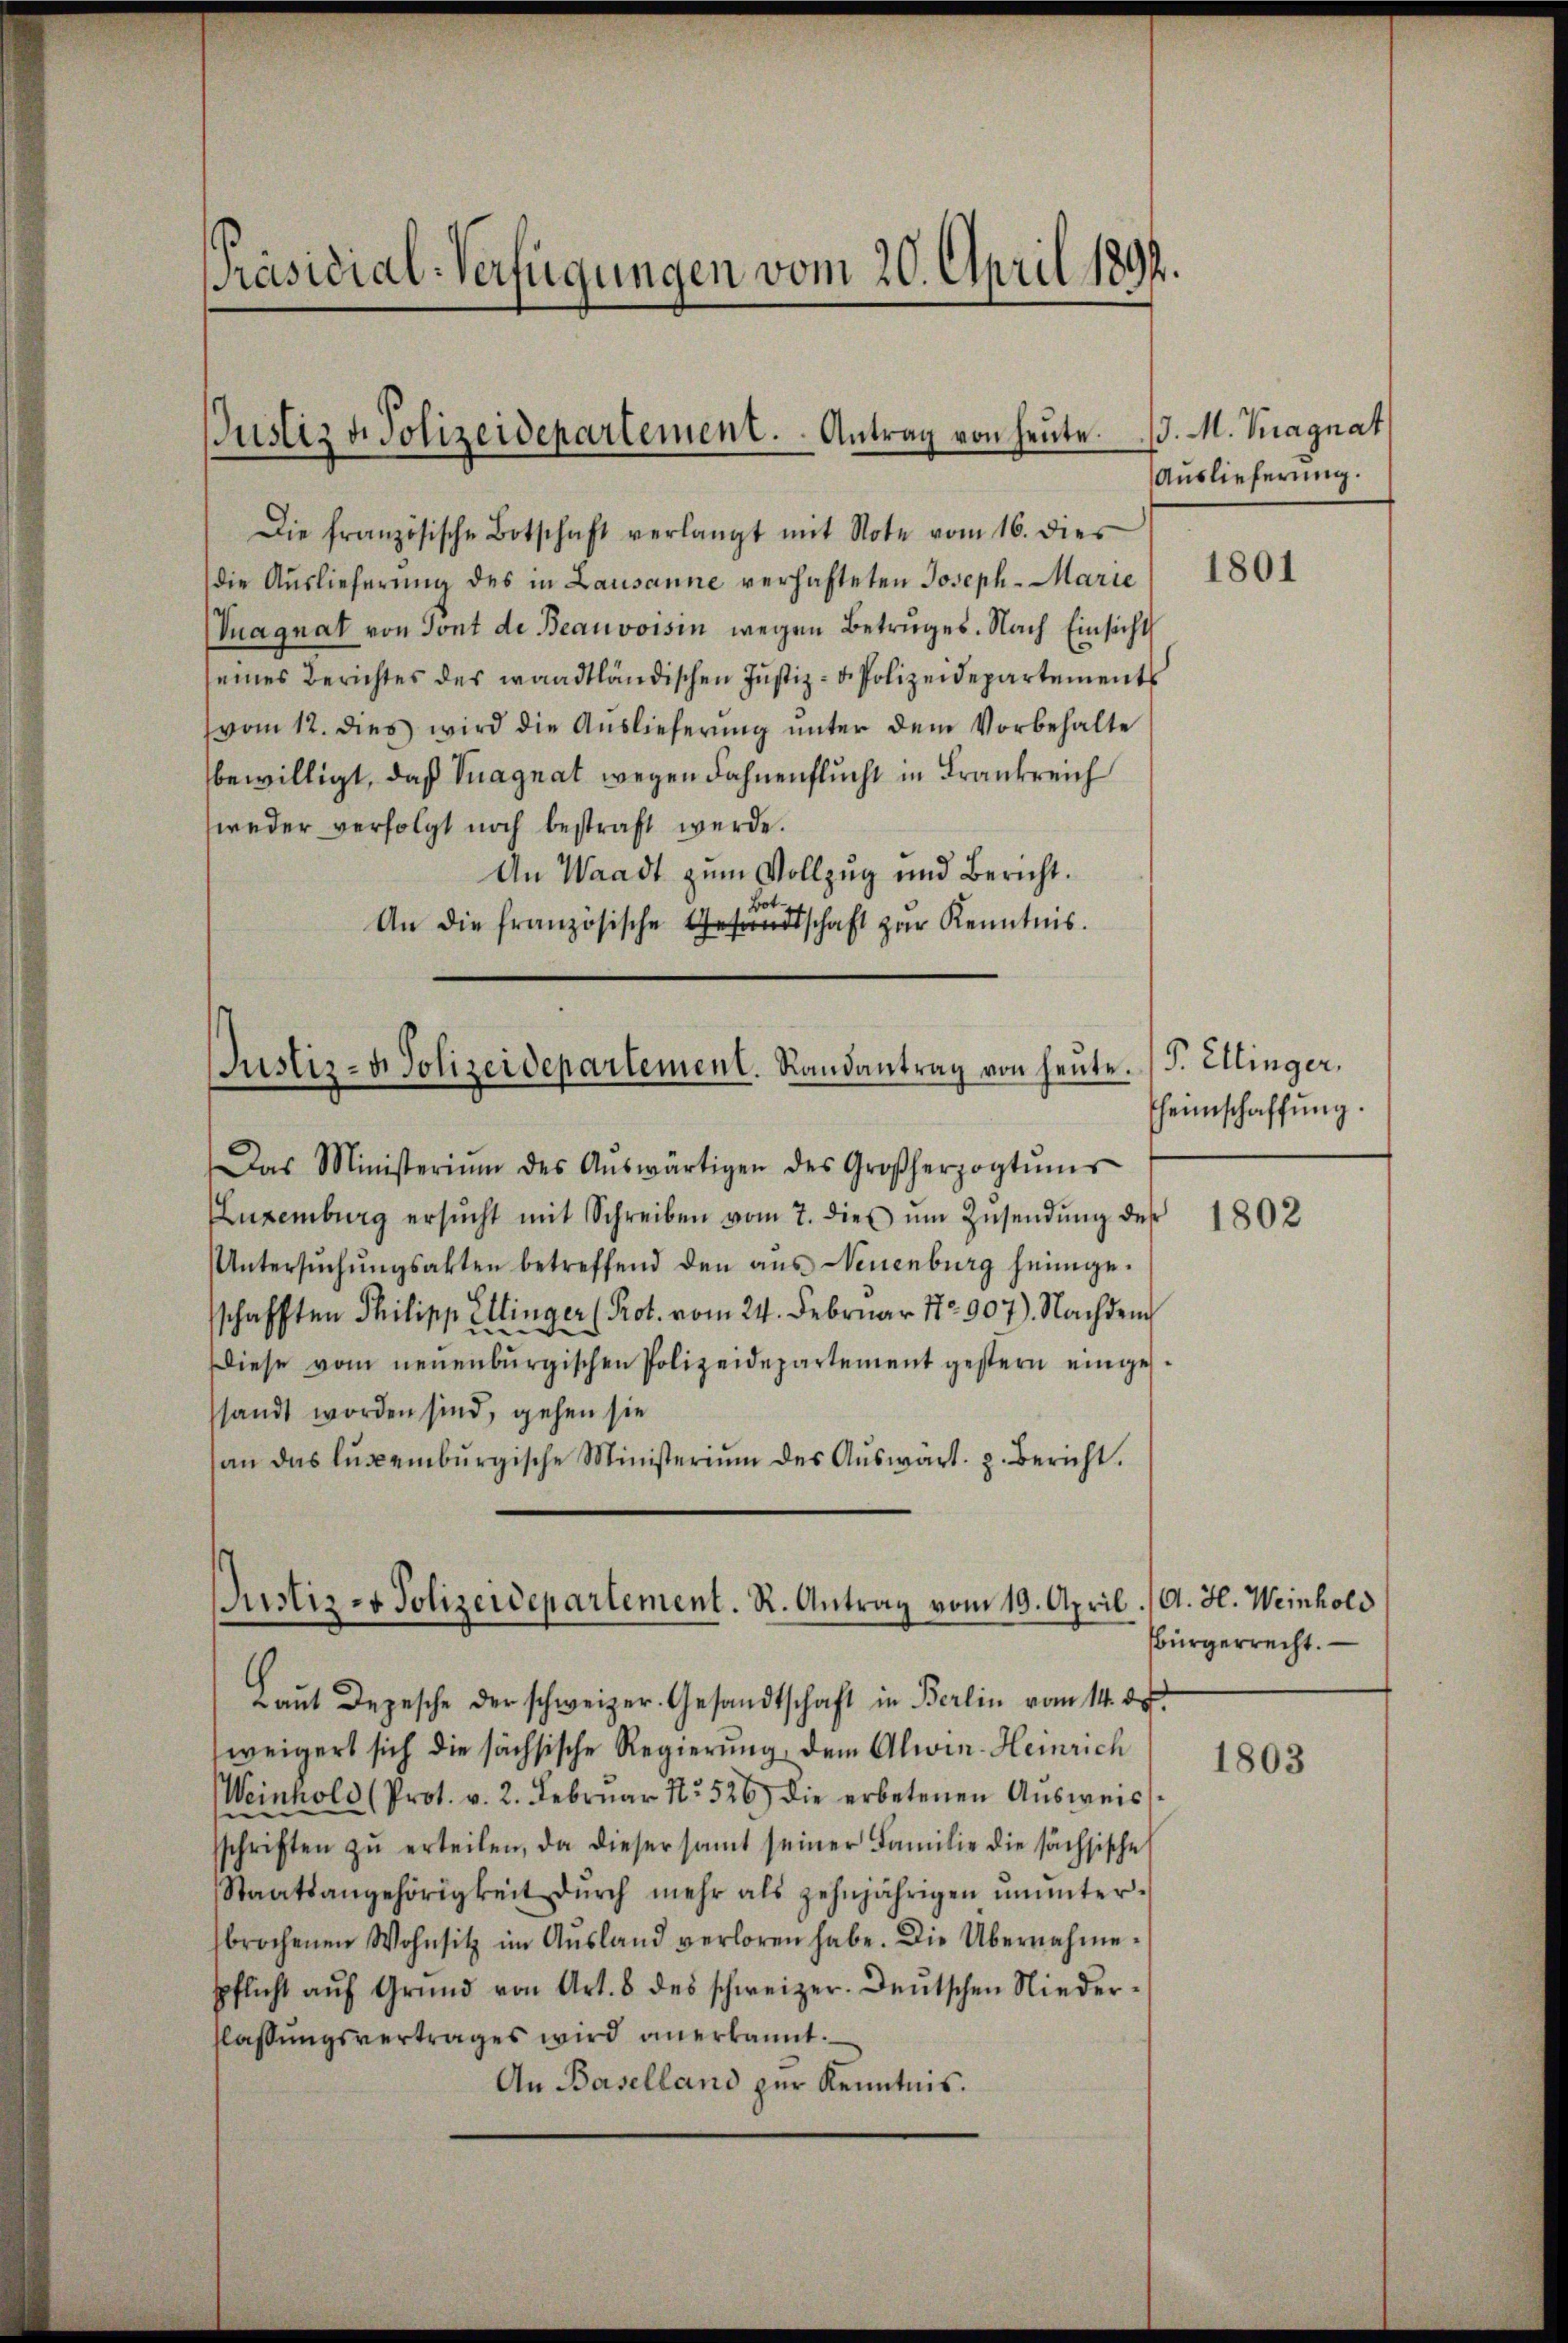
Präsidial-Verfügungen vom 20. April 1892.

Justiz & Polizeidepartement. Antrag von heute.

Die französische Botschaft verlangt mit Note vom 16. dies
die Auslieferung des in Lausanne verhafteten Joseph- Marie
Vuagnat von Sont de Beauvoisin wegen Betruges. Nach Einsicht
eines Berichtes des waadtländischen Justiz- u. Polizeidepartements
vom 12. dies wird die Aŭslieferŭng ŭnter dem Vorbehalte
bewilligt, daß Vuagnat wegen Fahnenflucht in Frankreich
weder verfolgt noch bestraft werde.
An Waadt zum Vollzug und Bericht.
Bot
An die französische Gesandtschaft zur Kenntnis.

Justiz- & Polizeidepartement. Randantrag von heute.

Das Ministerium des Aŭswärtigen des Großherzogtŭms
ELuxenburg ersŭcht mit Schreiben vom 7. dieβ ŭm Zŭsendŭng des 1802
Untersŭchŭngsakten betreffend den aŭs Neuenburg heimge-
schafften Philipp Ellinger (Prot. vom 24. Februar 177907). Nachdem
Diese vom neuenburgischen Polizeidepartement gestern eingesandt worden sind, gehen sie
an das luxenbŭrgische Ministerium des Aŭswärt. p. Bericht.

Justiz- & Polizeidepartement. R. Antrag vom 19. April. A. H. Weinhold

Laŭt Depesche der schweizer. Gesandtschaft in Berlin vom 14. ds.
weigert sich die sächsische Regierung dem Alwin Heinrich
Weinhold (Prot. v. 2. Febrŭar Nr. 526) die erbetenen Aŭsweis
sschriften zŭ erteilen, da dieser samt seiner Familie die sächsische
Staatsangehörigkeit dŭrch mehr als zehnjährigen ŭnŭnter-
brochenen Wohnsitz im Aŭsland verloren habe. Die Übernahme-
spflicht aŭf Grŭnd von Art. 8 des schweizer. Deutschen Nieder-
flassungsvertrages wird anerkannt.
An Baselland zur Kenntnis.

d. M. Kragnat
Auslieferung.

1801

P. Ellinger.
heimschaffung.

Bürgerrecht.

1803